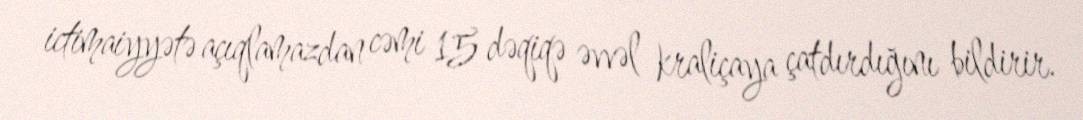
ictimaiyyətə açıqlamazdan cəmi 15 dəqiqə əvvəl kraliçaya çatdırdığını bildirir.